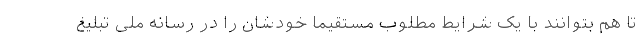
تا هم بتوانند با یک شرایط مطلوب مستقیماً خودشان را در رسانه ملی تبلیغ